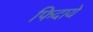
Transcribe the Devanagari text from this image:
फिदाये